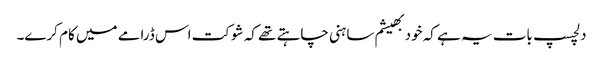
دلچسپ بات یہ ہے کہ خود بھیشم ساہنی چاہتے تھے کہ شوکت اس ڈرامے میں کام کرے۔